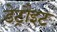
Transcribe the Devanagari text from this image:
डेट्रौइट